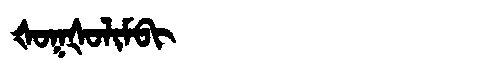
Manchu: ᡧᠣᡴᡧᠣᠯᡳᠮᠪᡳ
Romanization: ŠOKŠOLIMBI